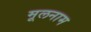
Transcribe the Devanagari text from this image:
मूलनाम